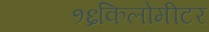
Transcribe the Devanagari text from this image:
१६किलोमीटर